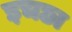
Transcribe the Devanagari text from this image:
इचछा